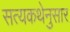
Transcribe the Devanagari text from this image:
सत्यकथेनुसार